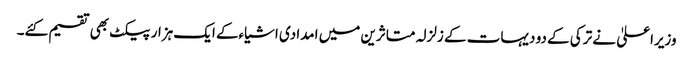
وزیراعلیٰ نے ترکی کے دو دیہات کے زلزلہ متاثرین میں امدادی اشیاءکے ایک ہزار پیکٹ بھی تقسیم کئے۔